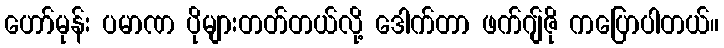
ဟော်မုန်း ပမာဏ ပိုများတတ်တယ်လို့ ဒေါက်တာ ဖက်ဂျ်ဇို ကပြောပါတယ်။